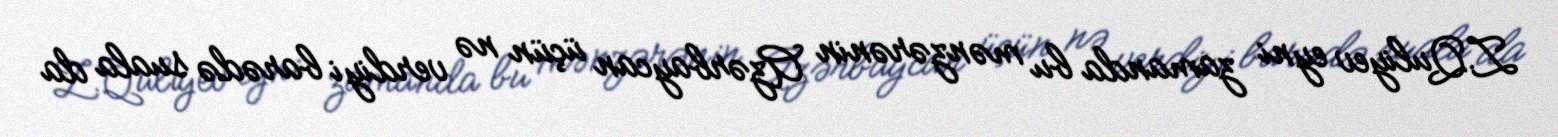
Z.Quliyev eyni zamanda bu mənzərənin Azərbaycan üçün nə verdiyi barədə suala da